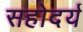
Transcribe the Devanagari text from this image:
सहोदर्य